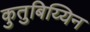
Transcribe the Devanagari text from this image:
कुतुबिय्यिन